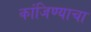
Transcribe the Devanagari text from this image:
कांजिण्याचा